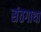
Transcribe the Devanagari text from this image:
संतगाथा